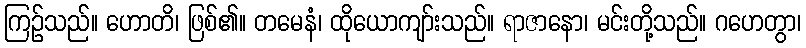
ကြဉ်သည်။ ဟောတိ၊ ဖြစ်၏။ တမေနံ၊ ထိုယောကျာ်းသည်။ ရာဇာနော၊ မင်းတို့သည်။ ဂဟေတွာ၊